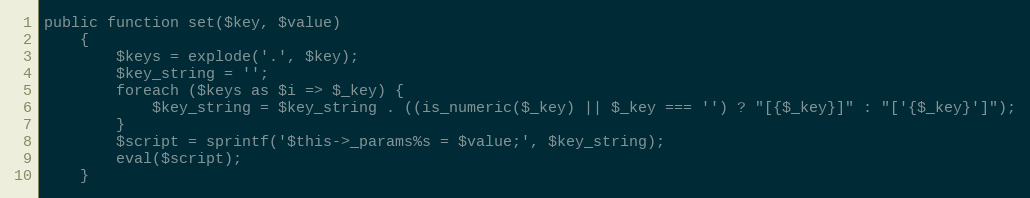
Language: PHP
public function set($key, $value)
    {
        $keys = explode('.', $key);
        $key_string = '';
        foreach ($keys as $i => $_key) {
            $key_string = $key_string . ((is_numeric($_key) || $_key === '') ? "[{$_key}]" : "['{$_key}']");
        }
        $script = sprintf('$this->_params%s = $value;', $key_string);
        eval($script);
    }